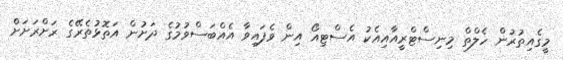
މީގެއިތުރުން ހެލްތް މިނިސްޓްރީއާއިއެކު އެސްޓިއޯ އިން ވެފައިވާ އެއްބަސްވުމުގެ ދަށުން އަތޮޅުތެރޭގެ ރަށްރަށަށް